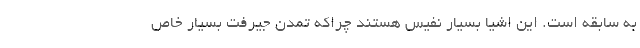
به سابقه است. این اشیا بسیار نفیس هستند چراکه تمدن جیرفت بسیار خاص